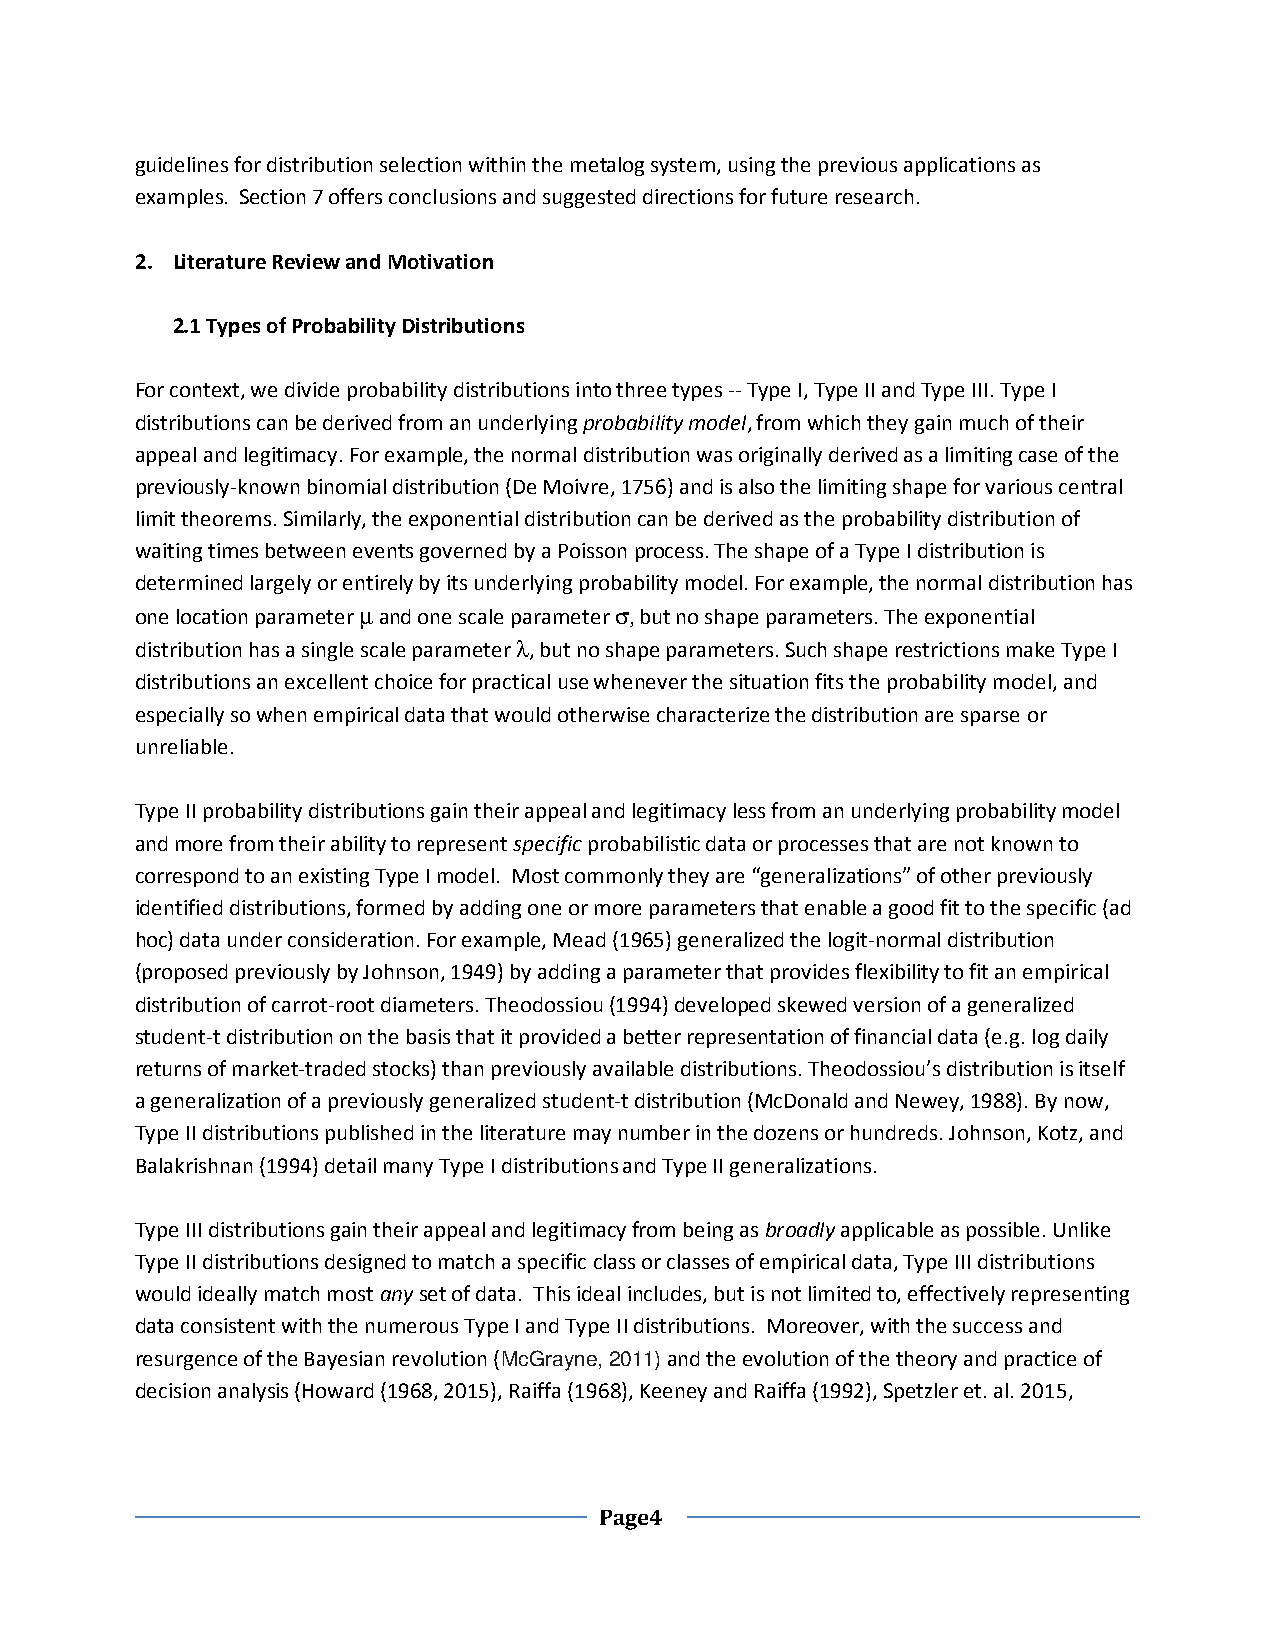
guidelines for distribution selection within the metalog system, using the previous applications as
 examples. Section 7 offers conclusions and suggested directions for future research.
 2. Literature Review and Motivation
 2.1 Types of Probability Distributions
 For context, we divide probability distributions into three types -- Type I, Type II and Type III. Type I
 distributions can be derived from an underlying probability model, from which they gain much of their
 appeal and legitimacy. For example, the normal distribution was originally derived as a limiting case of the
 previously-known binomial distribution (De Moivre, 1756) and is also the limiting shape for various central
 limit theorems. Similarly, the exponential distribution can be derived as the probability distribution of
 waiting times between events governed by a Poisson process. The shape of a Type I distribution is
 determined largely or entirely by its underlying probability model. For example, the normal distribution has
 one location parameter µ and one scale parameter σ, but no shape parameters. The exponential
 distribution has a single scale parameter λ, but no shape parameters. Such shape restrictions make Type I
 distributions an excellent choice for practical use whenever the situation fits the probability model, and
 especially so when empirical data that would otherwise characterize the distribution are sparse or
 unreliable.
 Type II probability distributions gain their appeal and legitimacy less from an underlying probability model
 and more from their ability to represent specific probabilistic data or processes that are not known to
 correspond to an existing Type I model. Most commonly they are “generalizations” of other previously
 identified distributions, formed by adding one or more parameters that enable a good fit to the specific (ad
 hoc) data under consideration. For example, Mead (1965) generalized the logit-normal distribution
 (proposed previously by Johnson, 1949) by adding a parameter that provides flexibility to fit an empirical
 distribution of carrot-root diameters. Theodossiou (1994) developed skewed version of a generalized
 student-t distribution on the basis that it provided a better representation of financial data (e.g. log daily
 returns of market-traded stocks) than previously available distributions. Theodossiou’s distribution is itself
 a generalization of a previously generalized student-t distribution (McDonald and Newey, 1988). By now,
 Type II distributions published in the literature may number in the dozens or hundreds. Johnson, Kotz, and
 Balakrishnan (1994) detail many Type I distributions and Type II generalizations.
 Type III distributions gain their appeal and legitimacy from being as broadly applicable as possible. Unlike
 Type II distributions designed to match a specific class or classes of empirical data, Type III distributions
 would ideally match most any set of data. This ideal includes, but is not limited to, effectively representing
 data consistent with the numerous Type I and Type II distributions. Moreover, with the success and
 resurgence of the Bayesian revolution (McGrayne, 2011) and the evolution of the theory and practice of
 decision analysis (Howard (1968, 2015), Raiffa (1968), Keeney and Raiffa (1992), Spetzler et. al. 2015,
 Page4